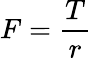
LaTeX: F={\frac{T}{r}}